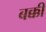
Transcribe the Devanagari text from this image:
बक्की